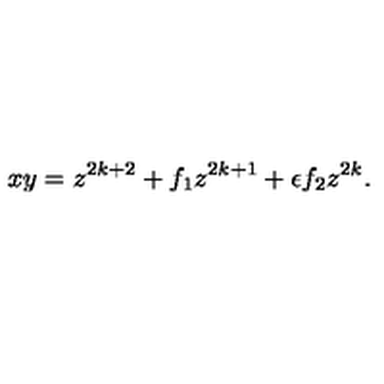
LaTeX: x y = z ^ { 2 k + 2 } + f _ { 1 } z ^ { 2 k + 1 } + \epsilon f _ { 2 } z ^ { 2 k } .